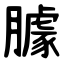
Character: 臄